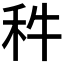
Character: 𥝫